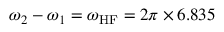
\omega _ { 2 } - \omega _ { 1 } = \omega _ { \mathrm { H F } } = 2 \pi \times 6 . 8 3 5